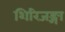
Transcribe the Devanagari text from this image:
शिरिजङ्गा